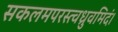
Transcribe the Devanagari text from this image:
सकलमपरस्त्वध्रुवमिदं।